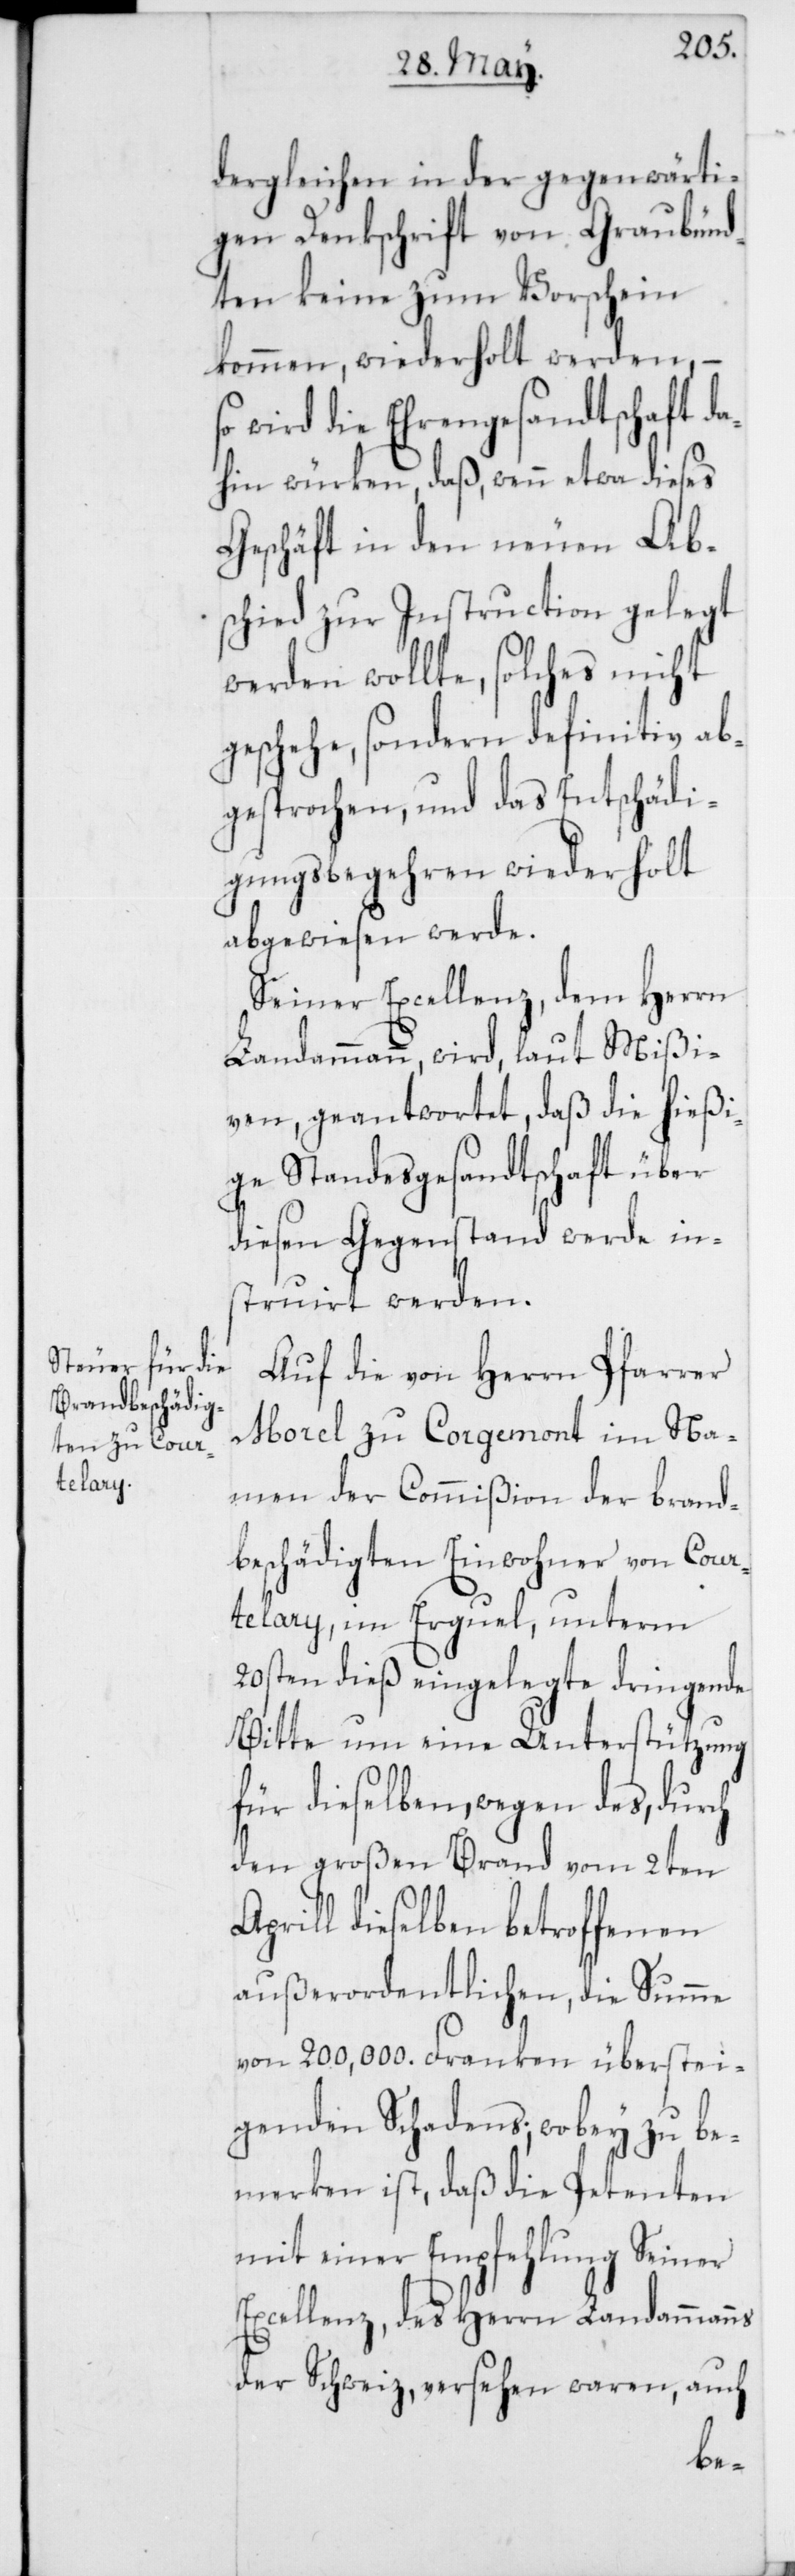
dergleichen in der gegenwärti¬
gen Denkschrift von Graubünd¬
ten keine zum Vorschein
kommen, wiederholt werden, –
wird die Ehrengesandtschaft da¬
hin würken, daß, wenn etwa dieses
Geschäft in den neuen Ab¬
schied zur Instruction gelegt
werden wollte, solches nicht
geschehe, sondern definitiv ab¬
gesprochen, und das Entschädi¬
gungsbegehren wiederholt
abgewiesen werde.
Seiner Excellenz, dem Herrn
Landammann, wird laut Mißi¬
ven, geantwortet, daß die hießi¬
ge Standesgesandtschaft über
diesen Gegenstand werde in¬
struirt werden.
Auf die von Herrn Pfarrer
Morel zu Corgemont im Na¬
men der Commißion der brand¬
beschädigten Einwohner von Cour¬
telary, im Erguel, unterm
20sten dieß eingelegte dringende
Bitte um eine Unterstützung
für dieselben, wegen des, durch
den großen Brand vom 2ten
Aprill dieselben betroffenen
außerordentlichen, die Summe
von 200,000. Franken überstei¬
genden Schadens; wobey zu be¬
merken ist, daß die Petenten
mit einer Empfehlung Seiner
Excellenz, des Herrn Landammanns
der Schweiz, versehen waren, auch